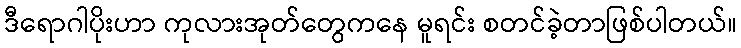
ဒီရောဂါပိုးဟာ ကုလားအုတ်တွေကနေ မူရင်း စတင်ခဲ့တာဖြစ်ပါတယ်။